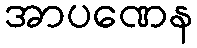
အာပဏေန